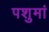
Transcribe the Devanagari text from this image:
पशुमां